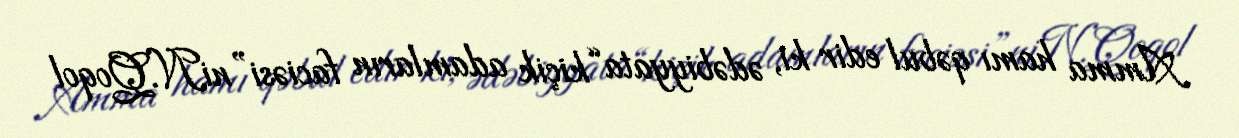
Amma hamı qəbul edir ki, ədəbiyyata “kiçik adamların faciəsi”niN.Qoqol